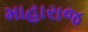
માહારાજ